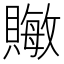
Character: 𬥧